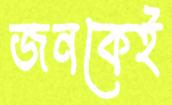
জনকেই